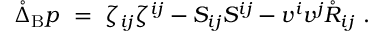
\mathring { \Delta } _ { \mathrm { B } } p \ = \ \zeta _ { i j } \zeta ^ { i j } - S _ { i j } S ^ { i j } - v ^ { i } v ^ { j } \mathring { R } _ { i j } ~ .